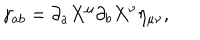
\gamma _ { a b } = \partial _ { a } X ^ { \mu } \partial _ { b } X ^ { \nu } \eta _ { \mu \nu } ,